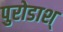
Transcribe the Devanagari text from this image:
पुरोडाश्